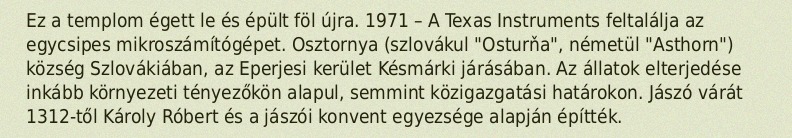
Ez a templom égett le és épült föl újra. 1971 – A Texas Instruments feltalálja az egycsipes mikroszámítógépet. Osztornya (szlovákul "Osturňa", németül "Asthorn") község Szlovákiában, az Eperjesi kerület Késmárki járásában. Az állatok elterjedése inkább környezeti tényezőkön alapul, semmint közigazgatási határokon. Jászó várát 1312-től Károly Róbert és a jászói konvent egyezsége alapján építték.